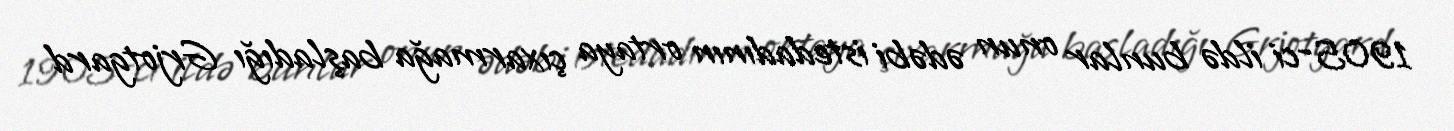
1905-ci ildə bunlar onun ədəbi istedadının ortaya çıxarmağa başladığı Grjotgard